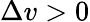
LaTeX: \Delta v>0